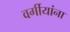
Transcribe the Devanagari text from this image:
वर्गीयांना